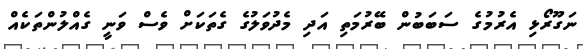
ނަގޫރޯޅި އެރުމުގެ ސަބަބުން ބޭރުމަތި އަދި މެދުވަލުގެ ގެތަކަށް ވެސް ވަނީ ގެއްލުންތަކެއް